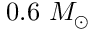
0 . 6 \ M _ { \odot }